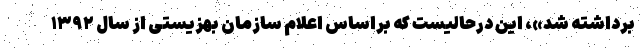
برداشته شد»، این درحالیست که براساس اعلام سازمان بهزیستی از سال ۱۳۹۲